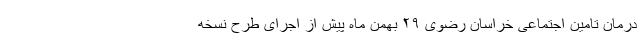
درمان تامین اجتماعی خراسان رضوی ۲۹ بهمن ماه پیش از اجرای طرح نسخه